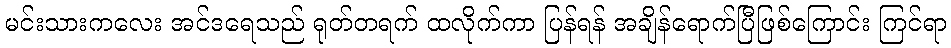
မင်းသားကလေး အင်ဒရေသည် ရုတ်တရက် ထလိုက်ကာ ပြန်ရန် အချိန်ရောက်ပြီဖြစ်ကြောင်း ကြင်ရာ